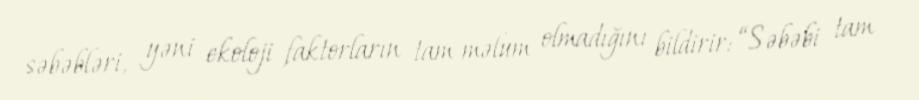
səbəbləri, yəni ekoloji faktorların tam məlum olmadığını bildirir: “Səbəbi tam